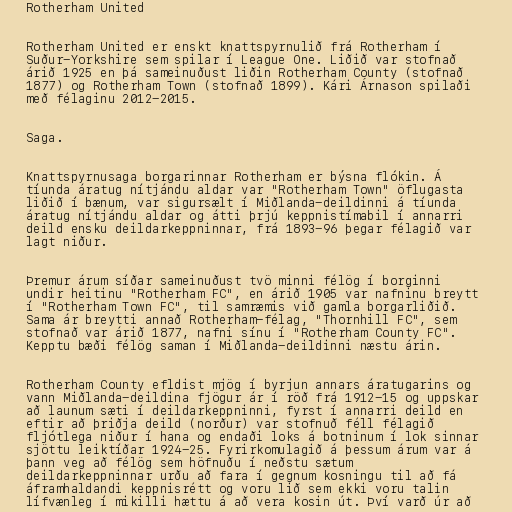
Rotherham United

Rotherham United er enskt knattspyrnulið frá Rotherham í
Suður-Yorkshire sem spilar í League One. Liðið var stofnað
árið 1925 en þá sameinuðust liðin Rotherham County (stofnað
1877) og Rotherham Town (stofnað 1899). Kári Árnason spilaði
með félaginu 2012-2015.

Saga.

Knattspyrnusaga borgarinnar Rotherham er býsna flókin. Á
tíunda áratug nítjándu aldar var "Rotherham Town" öflugasta
liðið í bænum, var sigursælt í Miðlanda-deildinni á tíunda
áratug nítjándu aldar og átti þrjú keppnistímabil í annarri
deild ensku deildarkeppninnar, frá 1893-96 þegar félagið var
lagt niður.

Þremur árum síðar sameinuðust tvö minni félög í borginni
undir heitinu "Rotherham FC", en árið 1905 var nafninu breytt
í "Rotherham Town FC", til samræmis við gamla borgarliðið.
Sama ár breytti annað Rotherham-félag, "Thornhill FC", sem
stofnað var árið 1877, nafni sínu í "Rotherham County FC".
Kepptu bæði félög saman í Miðlanda-deildinni næstu árin.

Rotherham County efldist mjög í byrjun annars áratugarins og
vann Miðlanda-deildina fjögur ár í röð frá 1912-15 og uppskar
að launum sæti í deildarkeppninni, fyrst í annarri deild en
eftir að þriðja deild (norður) var stofnuð féll félagið
fljótlega niður í hana og endaði loks á botninum í lok sinnar
sjöttu leiktíðar 1924-25. Fyrirkomulagið á þessum árum var á
þann veg að félög sem höfnuðu í neðstu sætum
deildarkeppninnar urðu að fara í gegnum kosningu til að fá
áframhaldandi keppnisrétt og voru lið sem ekki voru talin
lífvænleg í mikilli hættu á að vera kosin út. Því varð úr að